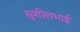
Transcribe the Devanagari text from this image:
सुशीलभाई